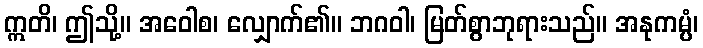
ဣတိ၊ ဤသို့။ အဝေါစ၊ လျှောက်၏။ ဘဂဝါ၊ မြတ်စွာဘုရားသည်။ အနုကမ္ပံ၊